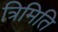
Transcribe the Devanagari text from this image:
त्रिमिति